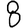
Digit: 8